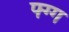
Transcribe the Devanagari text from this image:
फ्ग्ग